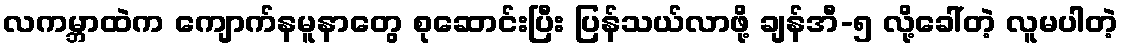
လကမ္ဘာထဲက ကျောက်နမူနာတွေ စုဆောင်းပြီး ပြန်သယ်လာဖို့ ချန်အီ-၅ လို့ခေါ်တဲ့ လူမပါတဲ့